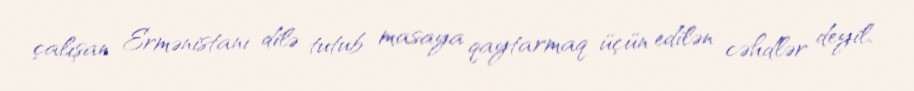
çalışan Ermənistanı dilə tutub masaya qaytarmaq üçün edilən cəhdlər deyil,